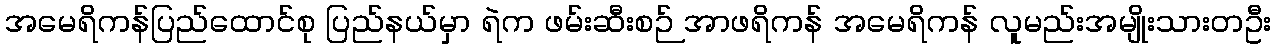
အမေရိကန်ပြည်ထောင်စု ပြည်နယ်မှာ ရဲက ဖမ်းဆီးစဉ် အာဖရိကန် အမေရိကန် လူမည်းအမျိုးသားတဦး